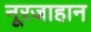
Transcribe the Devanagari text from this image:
नूरजाहान